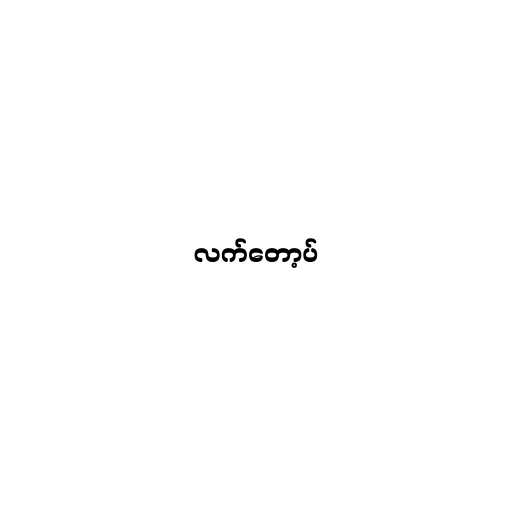
လက်တော့ပ်